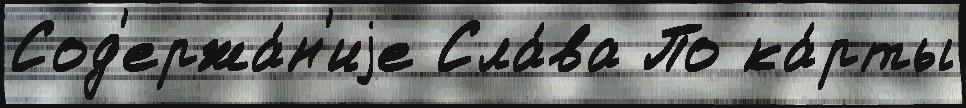
Сод'ержа́н'иjе Сла́ва По ка́рты